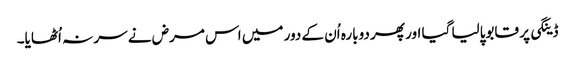
ڈینگی پر قابوپالیا گیا اور پھر دوبارہ اُن کے دور میں اس مرض نے سر نہ اُٹھایا۔